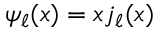
\psi _ { \ell } ( x ) = x j _ { \ell } ( x )